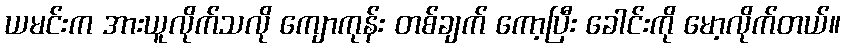
ယမင်းက အားယူလိုက်သလို ကျောကုန်း တစ်ချက် ကော့ပြီး ခေါင်းကို မော့လိုက်တယ်။